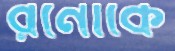
রনোকে